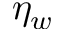
\eta _ { w }